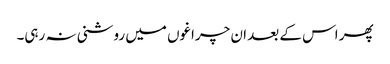
پھر اس کے بعد ان چراغوں میں روشنی نہ رہی۔